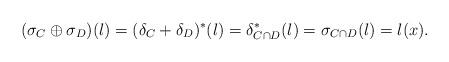
LaTeX: \begin{align*} (\sigma_C \oplus \sigma_D)(l) = (\delta_C+\delta_D)^*(l) = \delta_{C\cap D}^*(l) = \sigma_{C\cap D}(l) = l(x). \end{align*}